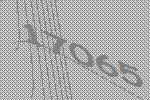
17065